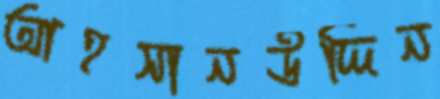
আহসানউদ্দিন